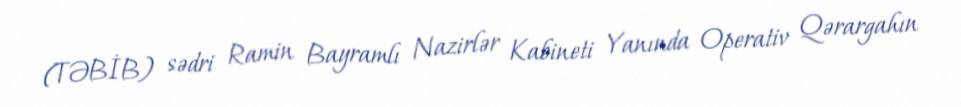
(TƏBİB) sədri Ramin Bayramlı Nazirlər Kabineti Yanında Operativ Qərargahın